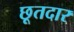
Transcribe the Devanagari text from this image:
छूतदार